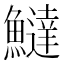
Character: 𬵮